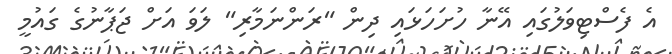
އެ ފެސްޓިވަލުގައި އޭނާ ހުށަހަޅައި ދިން "ރަންނަމާރި" ލަވަ އަށް ޖަޕާނުގެ ގައުމީ